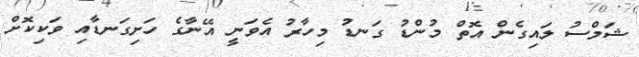
ޝަމްސު ލައިގެން އޮތް މުންޑު ގަނޑު މިހާރު އެވަނީ އޭނާގެ ހަށިގަނޑާއި ވަކިކޮށް